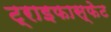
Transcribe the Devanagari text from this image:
ट्राइफास्फेट